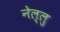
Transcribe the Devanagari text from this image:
नेल्लु